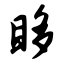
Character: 眵